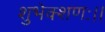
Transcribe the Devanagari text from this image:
शुभेक्शणः।।